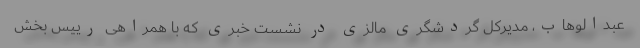
عبدالوهاب، مدیرکل گردشگری مالزی در نشست خبری که با همراهی رییس بخش